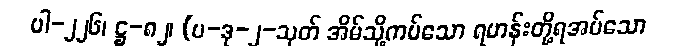
ပါ-၂၂၆၊ ဋ္ဌ-၈၂၊ (ပ-ဒု-၂-သုတ် အိမ်သို့ကပ်သော ရဟန်းတို့ရအပ်သော